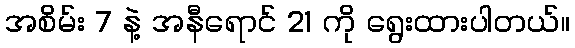
အစိမ်း 7 နဲ့ အနီရောင် 21 ကို ရွေးထားပါတယ်။